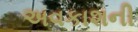
અવકાશની